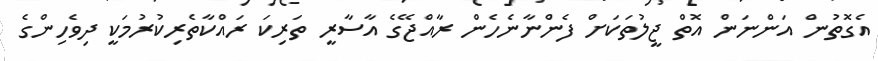
އެގޮތުން އަންނަން އޮތް ޖީލުތަކަށް ފެންނާނެހެން ރާއްޖޭގެ އާސާރީ ތަރިކަ ރައްކާތެރިކުރުމަކީ ދިވެހިންގެ